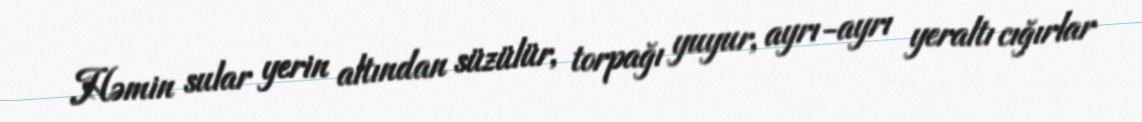
Həmin sular yerin altından süzülür, torpağı yuyur, ayrı-ayrı yeraltı cığırlar